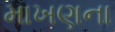
માખણના